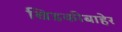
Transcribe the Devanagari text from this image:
खिडकीबाहेर